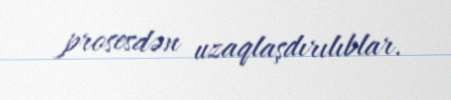
prosesdən uzaqlaşdırılıblar.